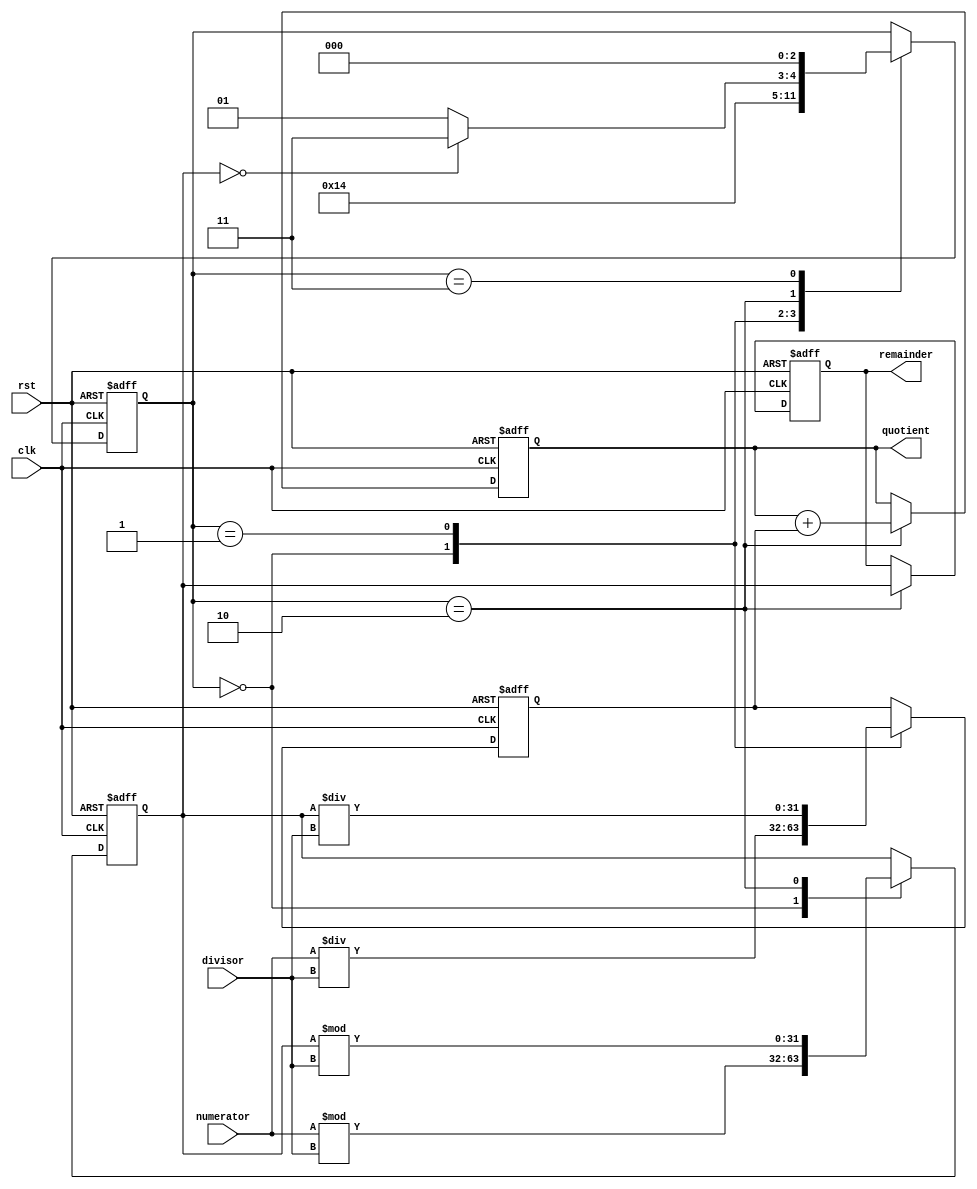
module SRT_Divider (
    input wire clk,
    input wire rst,
    input wire [31:0] numerator,
    input wire [31:0] divisor,
    output reg [31:0] quotient,
    output reg [31:0] remainder
);

// Internal signals
reg [31:0] partial_quotient;
reg [31:0] temp_remainder;

// Control variables
reg [2:0] state;
parameter IDLE = 3'd0, COMPUTE_PARTIAL_QUOTIENT = 3'd1, ADJUST_REMAINDER = 3'd2, DONE = 3'd3;

always @(posedge clk or posedge rst) begin
    if (rst) begin
        state <= IDLE;
        partial_quotient <= 0;
        temp_remainder <= 0;
        quotient <= 0;
        remainder <= 0;
    end else begin
        case (state)
            IDLE: begin
                // Initialize partial quotient and remainder
                partial_quotient <= numerator / divisor;
                temp_remainder <= numerator % divisor;
                state <= COMPUTE_PARTIAL_QUOTIENT;
            end
            COMPUTE_PARTIAL_QUOTIENT: begin
                // Compute the next partial quotient
                partial_quotient <= temp_remainder / divisor;
                state <= ADJUST_REMAINDER;
            end
            ADJUST_REMAINDER: begin
                // Adjust remainder
                temp_remainder <= temp_remainder % divisor;
                remainder <= temp_remainder;
                
                // Update quotient
                quotient <= quotient + partial_quotient;
                
                // Check if division is complete
                if (temp_remainder == 0)
                    state <= DONE;
                else
                    state <= COMPUTE_PARTIAL_QUOTIENT;
            end
            DONE: begin
                // Division complete
                state <= IDLE;
            end
        endcase
    end
end

endmodule